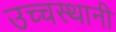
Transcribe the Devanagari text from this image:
उच्चस्थानी